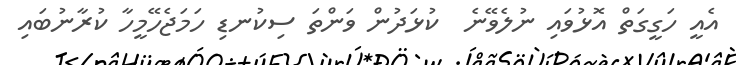
އެއީ ހަގީގަތް އޮޅުވައި ނުލެވޭނެ  ކުޅަދުން ވަންތަ ސިކުނޑި ހަމަޖެހޭމީހާ ކުރާނުބައި